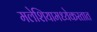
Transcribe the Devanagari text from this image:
मलेशियामध्येकरतात